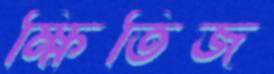
ক্ষিতিজ